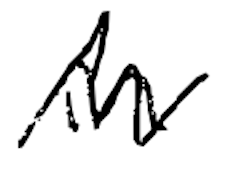
Text: in
Cross-out: mix
Writing tool: digital_black